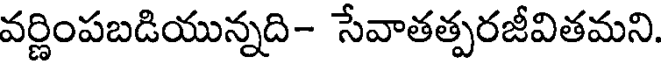
వర్ణింపబడియున్నది- సేవాతత్పరజీవితమని.